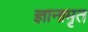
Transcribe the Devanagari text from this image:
ज्ञानामृत